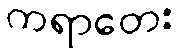
ကရာတေး